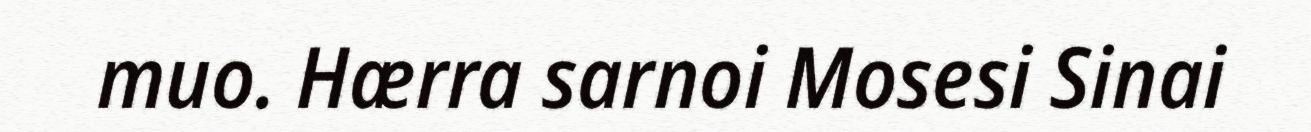
muo. Hærra sarnoi Mosesi Sinai